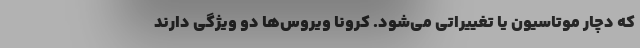
که دچار موتاسیون یا تغییراتی می‌شود. کرونا ویروس‌ها دو ویژگی دارند